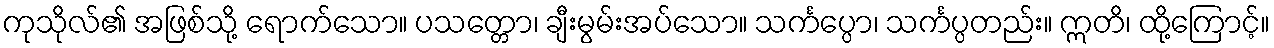
ကုသိုလ်၏ အဖြစ်သို့ ရောက်သော။ ပသတ္တော၊ ချီးမွမ်းအပ်သော။ သင်္ကပ္ပော၊ သင်္ကပ္ပတည်း။ ဣတိ၊ ထို့ကြောင့်။